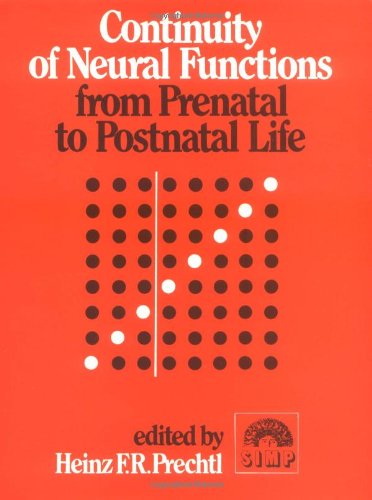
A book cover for Continuity of Neural Functions from Prenatal to Postnatal Life (Clinics in Developmental Medicine (Mac Keith Press)); Medical Books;